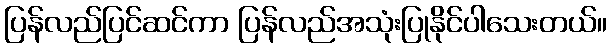
ပြန်လည်ပြင်ဆင်ကာ ပြန်လည်အသုံးပြုနိုင်ပါသေးတယ်။